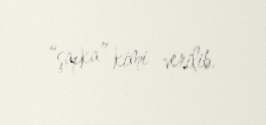
“şapka” kimi verilib.